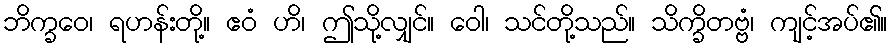
ဘိက္ခဝေ၊ ရဟန်းတို့။ ဧဝံ ဟိ၊ ဤသို့လျှင်။ ဝေါ၊ သင်တို့သည်။ သိက္ခိတဗ္ဗံ၊ ကျင့်အပ်၏။